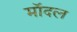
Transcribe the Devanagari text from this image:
मॉदल